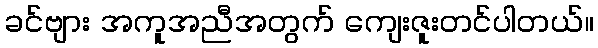
ခင်ဗျား အကူအညီအတွက် ကျေးဇူးတင်ပါတယ်။